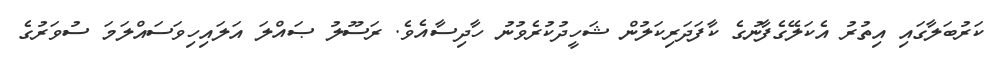
ކަރުބަލާގައި އިތުރު އެކަލޭގެފާނުގެ ކާފަދަރިކަލުން ޝަހީދުކުރެވުނު ހާދިސާއެވެ. ރަސޫލު ޞައްލަ އަލައިހިވަސައްލަމަ ސުވަރުގެ